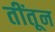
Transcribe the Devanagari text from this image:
तींतून